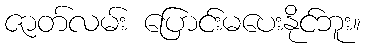
ဇာတ်လမ်း ပြောင်းမပေးနိုင်ဘူး။